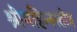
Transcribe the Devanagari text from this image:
श्रीमहिम्नस्तोत्र